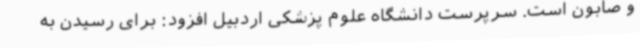
و صابون است. سرپرست دانشگاه علوم پزشکی اردبیل افزود: برای رسیدن به